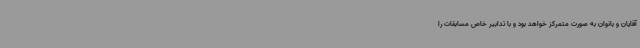
آقایان و بانوان به صورت متمرکز خواهد بود و با تدابیر خاص مسابقات را